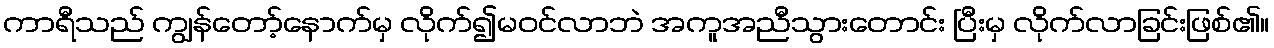
ကာရီသည် ကျွန်တော့်နောက်မှ လိုက်၍မဝင်လာဘဲ အကူအညီသွားတောင်း ပြီးမှ လိုက်လာခြင်းဖြစ်၏။